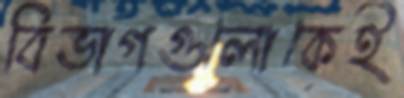
বিভাগগুলোকেই